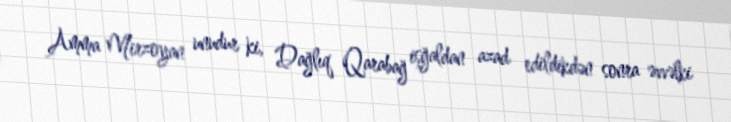
Amma Mirzoyan unudur ki, Dağlıq Qarabağ işğaldan azad edildikdən sonra əvvəlki